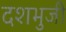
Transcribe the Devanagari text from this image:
दशभुजी